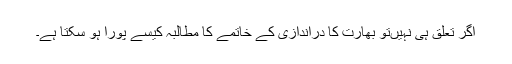
اگر تعلق ہی نہیںتو بھارت کا دراندازی کے خاتمے کا مطالبہ کیسے پورا ہو سکتا ہے۔